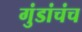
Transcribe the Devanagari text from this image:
गुंडांचंच